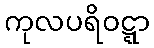
ကုလပရိဝဋ္ဋာ